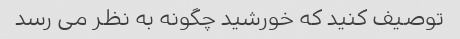
توصیف کنید که خورشید چگونه به نظر می رسد